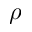
\rho